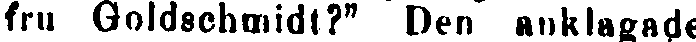
fru Goldschmidt?" Den anklagade